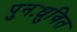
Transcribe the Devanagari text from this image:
पुनःध्रुवित